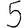
Digit: 5